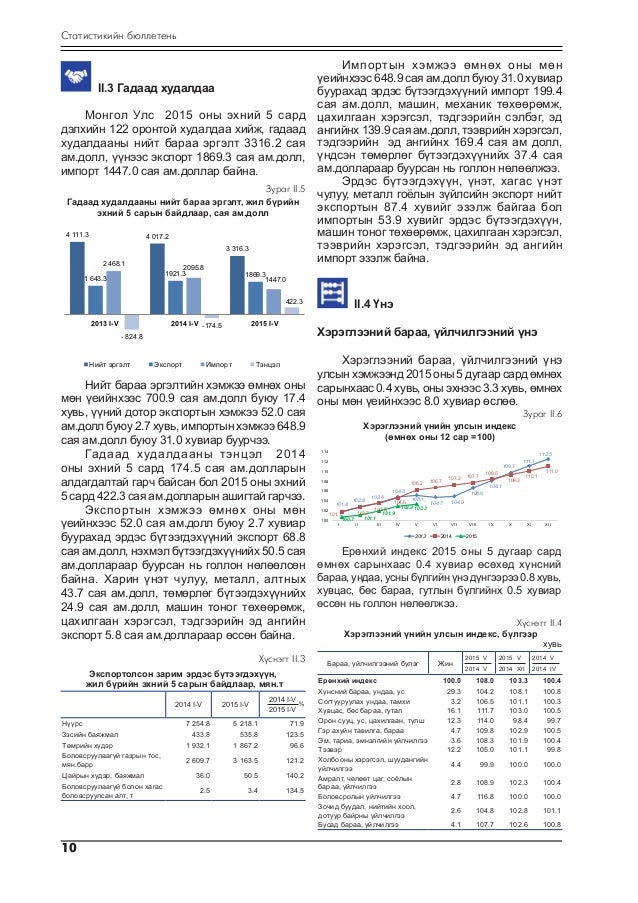
Language: mn